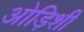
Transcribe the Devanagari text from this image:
ओड़िशी